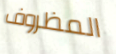
المظروف